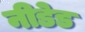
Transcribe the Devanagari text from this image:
नीडेड